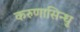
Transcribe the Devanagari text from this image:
करुणासिन्धु